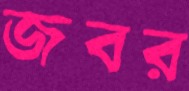
জবর